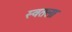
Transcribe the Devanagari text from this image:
स्वतला